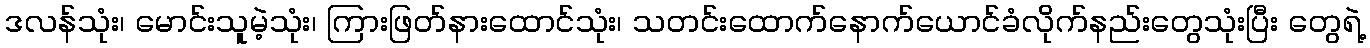
ဒလန်သုံး၊ မောင်းသူမဲ့သုံး၊ ကြားဖြတ်နားထောင်သုံး၊ သတင်းထောက်နောက်ယောင်ခံလိုက်နည်းတွေသုံးပြီး တွေရဲ့